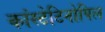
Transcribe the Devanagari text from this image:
कांस्टेटिनोपिल